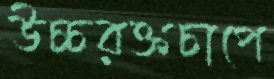
উচ্চরক্তচাপে